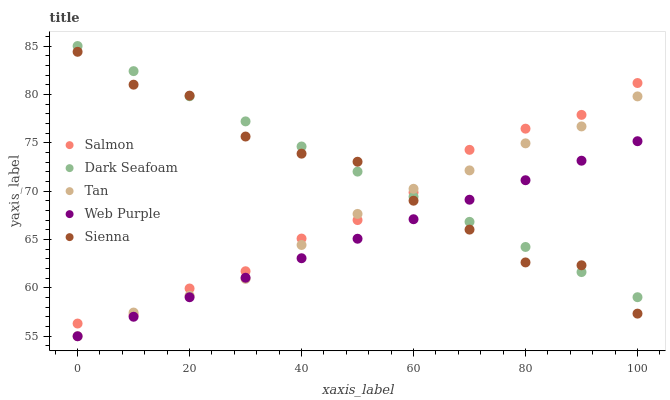
| xaxis_label | Salmon | Dark Seafoam | Tan | Web Purple | Sienna |
 | --- | --- | --- | --- | --- | --- |
 | 0 | 56.3 | 85 | 55 | 55 | 84.4 |
 | 10 | 57.2 | 82.4 | 57.5 | 57 | 81 |
 | 20 | 59.9 | 79.8 | 59.2 | 59 | 79.9 |
 | 30 | 61.7 | 77.2 | 60.9 | 61 | 75.6 |
 | 40 | 65.1 | 74.6 | 64.4 | 63.1 | 73.9 |
 | 50 | 67 | 72 | 67.6 | 65.1 | 73 |
 | 60 | 69.9 | 69.4 | 70.2 | 67.1 | 69 |
 | 70 | 74.3 | 66.8 | 72.1 | 69.1 | 66 |
 | 80 | 76.5 | 64.2 | 74.9 | 71.1 | 62.6 |
 | 90 | 77.9 | 61.6 | 76.7 | 73.1 | 62.3 |
 | 100 | 81.2 | 59 | 79.8 | 75.2 | 57.3 |